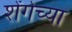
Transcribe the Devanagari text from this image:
शेंगेच्या